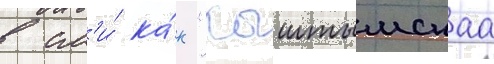
в см'и́ ка́к "кыштымскаа